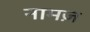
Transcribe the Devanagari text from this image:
नामज़